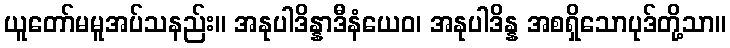
ယူတော်မမူအပ်သနည်း။ အနုပါဒိန္နာဒီနံယေဝ၊ အနုပါဒိန္န အစရှိသောပုဒ်တို့သာ။